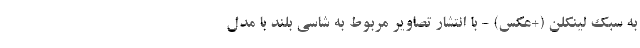
به سبک لینکلن (+عکس) - با انتشار تصاویر مربوط به شاسی بلند با مدل